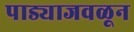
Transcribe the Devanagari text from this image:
पाड्याजवळून